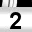
Digit: 2